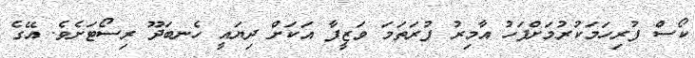
ކޯސް ފުރިހަމަކުރުމަށްފަހު އާމިރު ފުރަތަމަ ވަޒީފާ އަކަށް ދިޔައީ ހެނބަދޫ ރިސޯޓަށެވެ. އޭގެ